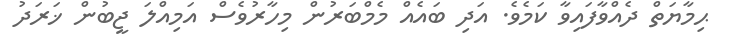
ޙިމާޔަތް ދެއްވާފައިވާ ކަމެވެ. އަދި ބައެއް މެމްބަރުން މިހާރުވެސް އަމިއްލަ ޖީބުން ޚަރަދު